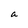
Character: a